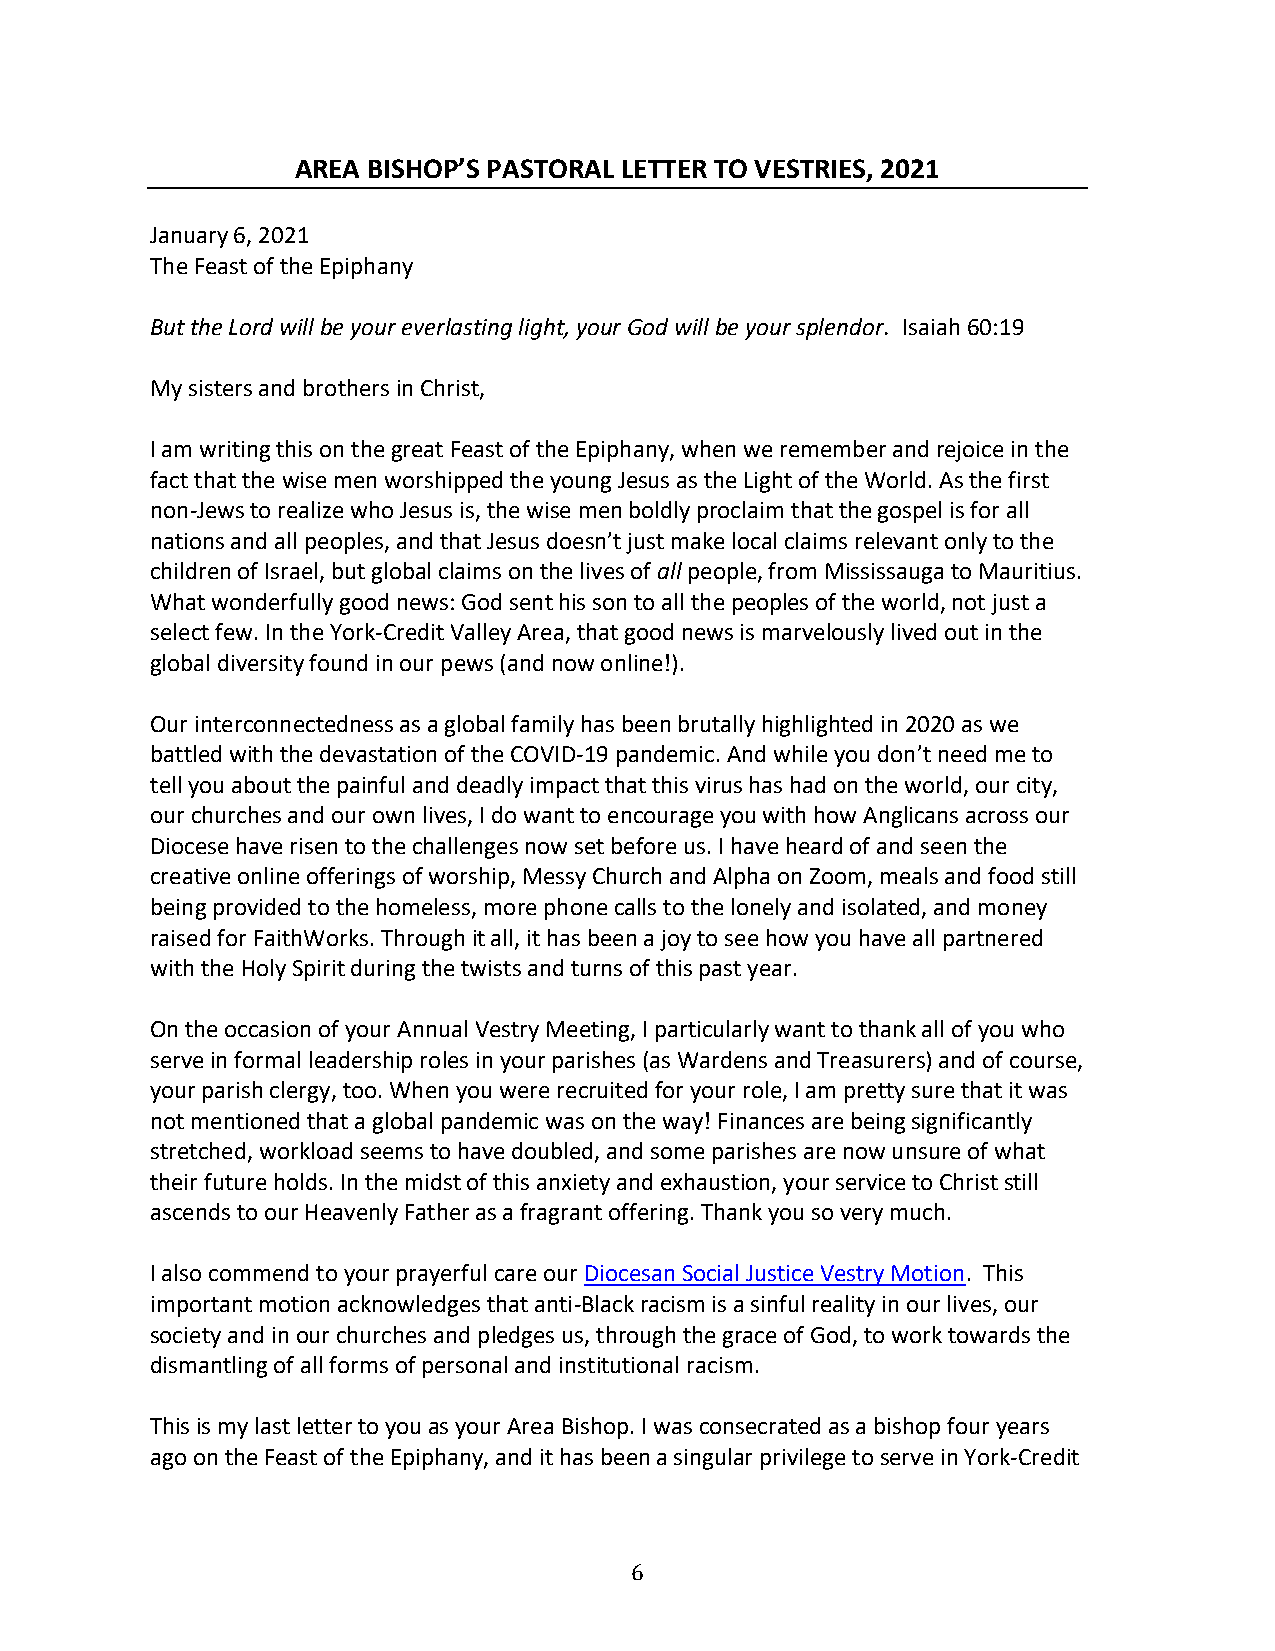
AREA BISHOP’S PASTORAL LETTER TO VESTRIES, 2021
 January 6, 2021
 The Feast of the Epiphany
 But the Lord will be your everlasting light, your God will be your splendor. Isaiah 60:19
 My sisters and brothers in Christ,
 I am writing this on the great Feast of the Epiphany, when we remember and rejoice in the
 fact that the wise men worshipped the young Jesus as the Light of the World. As the first
 non-Jews to realize who Jesus is, the wise men boldly proclaim that the gospel is for all
 nations and all peoples, and that Jesus doesn’t just make local claims relevant only to the
 children of Israel, but global claims on the lives of all people, from Mississauga to Mauritius.
 What wonderfully good news: God sent his son to all the peoples of the world, not just a
 select few. In the York-Credit Valley Area, that good news is marvelously lived out in the
 global diversity found in our pews (and now online!).
 Our interconnectedness as a global family has been brutally highlighted in 2020 as we
 battled with the devastation of the COVID-19 pandemic. And while you don’t need me to
 tell you about the painful and deadly impact that this virus has had on the world, our city,
 our churches and our own lives, I do want to encourage you with how Anglicans across our
 Diocese have risen to the challenges now set before us. I have heard of and seen the
 creative online offerings of worship, Messy Church and Alpha on Zoom, meals and food still
 being provided to the homeless, more phone calls to the lonely and isolated, and money
 raised for FaithWorks. Through it all, it has been a joy to see how you have all partnered
 with the Holy Spirit during the twists and turns of this past year.
 On the occasion of your Annual Vestry Meeting, I particularly want to thank all of you who
 serve in formal leadership roles in your parishes (as Wardens and Treasurers) and of course,
 your parish clergy, too. When you were recruited for your role, I am pretty sure that it was
 not mentioned that a global pandemic was on the way! Finances are being significantly
 stretched, workload seems to have doubled, and some parishes are now unsure of what
 their future holds. In the midst of this anxiety and exhaustion, your service to Christ still
 ascends to our Heavenly Father as a fragrant offering. Thank you so very much.
 I also commend to your prayerful care our Diocesan Social Justice Vestry Motion. This
 important motion acknowledges that anti-Black racism is a sinful reality in our lives, our
 society and in our churches and pledges us, through the grace of God, to work towards the
 dismantling of all forms of personal and institutional racism.
 This is my last letter to you as your Area Bishop. I was consecrated as a bishop four years
 ago on the Feast of the Epiphany, and it has been a singular privilege to serve in York-Credit
 6